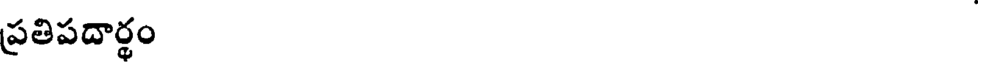
ప్రతిపదార్థం